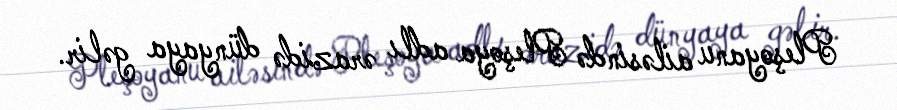
Pleşoyanu ailəsində Pleşoya adlı ərazidə dünyaya gəlir.